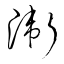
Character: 衛